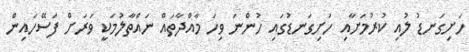
ހަށިގަނޑު ލުއި ކުރުމަށާއި ހަށިގަނޑުގައި ހުންނަ ވިހަ މާއްދާތައް ނައްތާލުމަކީ ވަރަށް ފަސޭހައިން